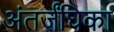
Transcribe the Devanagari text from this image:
अंतर्जंघिका